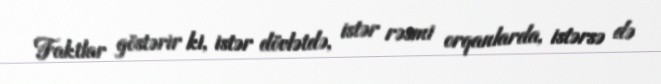
Faktlar göstərir ki, istər dövlətdə, istər rəsmi orqanlarda, istərsə də